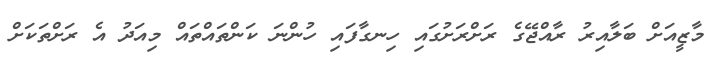
މާޒީއަށް ބަލާއިރު ރާއްޖޭގެ ރަށްރަށުގައި ހިނގާފައި ހުންނަ ކަންތައްތައް މިއަދު އެ ރަށްތަކަށް